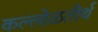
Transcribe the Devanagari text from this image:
कल्लोळतीर्थ